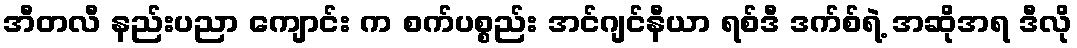
အီတလီ နည်းပညာ ကျောင်း က စက်ပစ္စည်း အင်ဂျင်နီယာ ရစ်ဒီ ဒက်စ်ရဲ့ အဆိုအရ ဒီလို